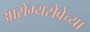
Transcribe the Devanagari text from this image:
आरोग्यसेवेच्या